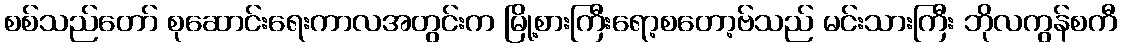
စစ်သည်တော် စုဆောင်းရေးကာလအတွင်းက မြို့စားကြီးရော့စတော့ဗ်သည် မင်းသားကြီး ဘိုလကွန်စကီ